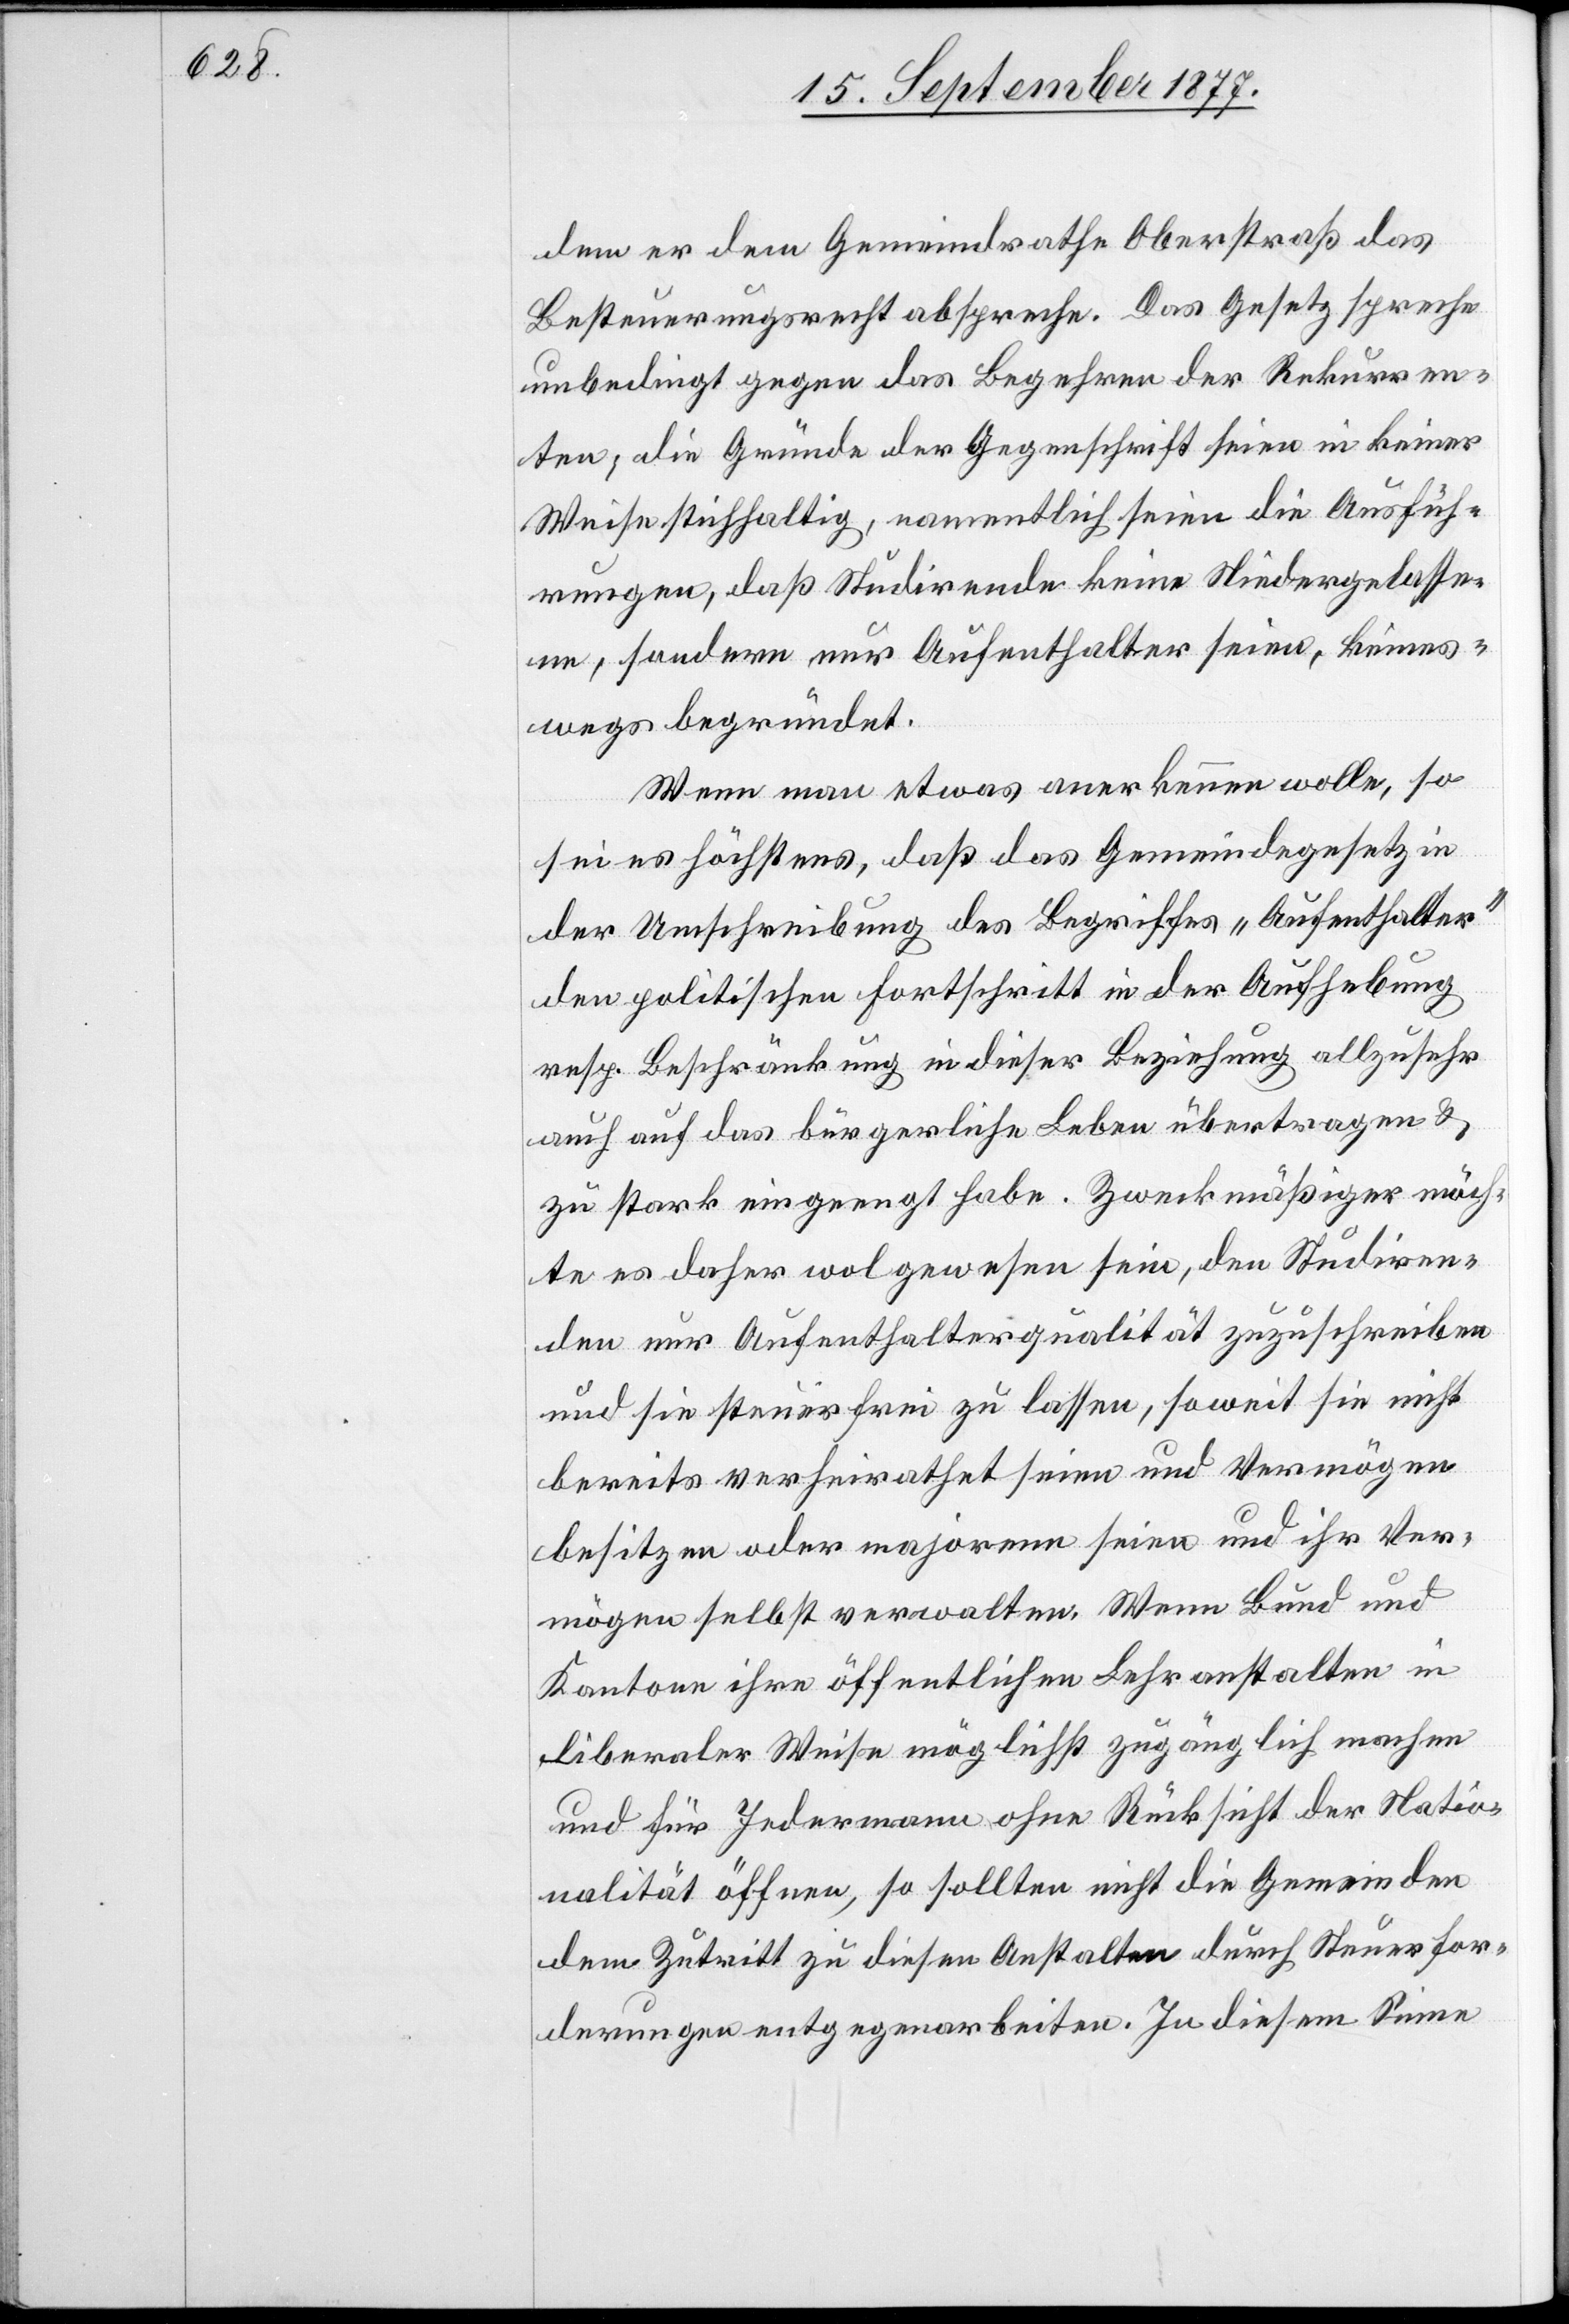
dem er dem Gemeindrathe Oberstraß das
Besteuerungsrecht abspreche. Das Gesetz spreche
unbedingt gegen das Begehren der Rekurren¬
ten; die Gründe der Gegenschrift seien in keiner
Weise stichhaltig, namentlich seien die Ausfüh¬
rungen, daß Studirende keine Niedergelasse¬
ne, sondern nur Aufenthalter seien, keines¬
wegs begründet.
Wenn man etwas anerkennen wolle, so
sei es höchstens, daß das Gemeindegesetz in
der Umschreibung des Begriffes „Aufenthalter“
den politischen Fortschritt in der Aufhebung
resp. Beschränkung in dieser Beziehung allzusehr
auch auf das bürgerliche Leben übertragen &
zu stark eingeengt habe. Zweckmäßiger möch¬
te es daher wol gewesen sein, den Studiren¬
den nur Aufenthalterqualität zuzuschreiben
und sie steuerfrei zu lassen, soweit sie nicht
bereits verheirathet seien und Vermögen
besitzen oder majorenn seien und ihr Ver¬
mögen selbst verwalten. Wenn Bund und
Kantone ihre öffentlichen Lehranstalten in
liberaler Weise möglichst zugänglich machen
und für Jedermann ohne Rücksicht der Natio¬
nalität öffnen, so sollten nicht die Gemeinden
dem Zutritt zu diesen Anstalten durch Steuerfor¬
derungen entgegenarbeiten. In diesem Sinne